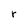
Character: r